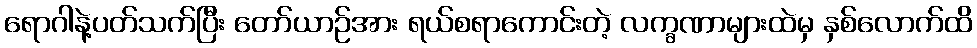
ရောဂါနဲ့ပတ်သက်ပြီး တော်ယာဉ်အား ရယ်စရာကောင်းတဲ့ လက္ခဏာများထဲမှ နှစ်လောက်ထိ